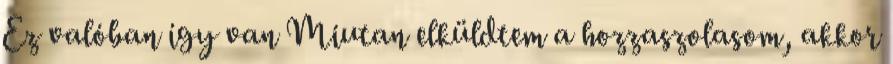
Ez valóban így van Miutan elküldtem a hozzaszolasom, akkor